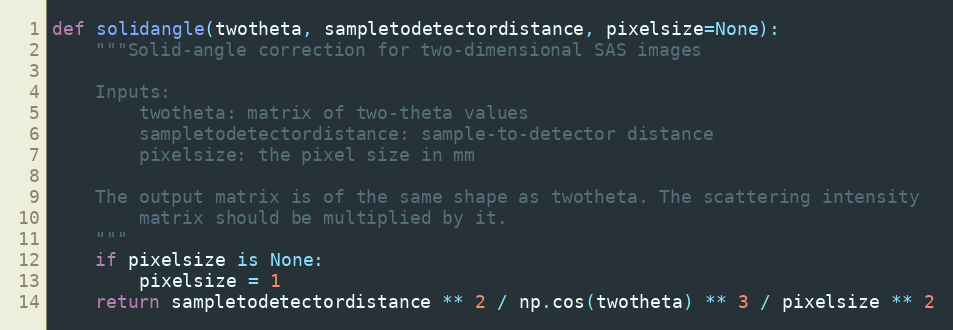
Language: Python
def solidangle(twotheta, sampletodetectordistance, pixelsize=None):
    """Solid-angle correction for two-dimensional SAS images

    Inputs:
        twotheta: matrix of two-theta values
        sampletodetectordistance: sample-to-detector distance
        pixelsize: the pixel size in mm

    The output matrix is of the same shape as twotheta. The scattering intensity
        matrix should be multiplied by it.
    """
    if pixelsize is None:
        pixelsize = 1
    return sampletodetectordistance ** 2 / np.cos(twotheta) ** 3 / pixelsize ** 2